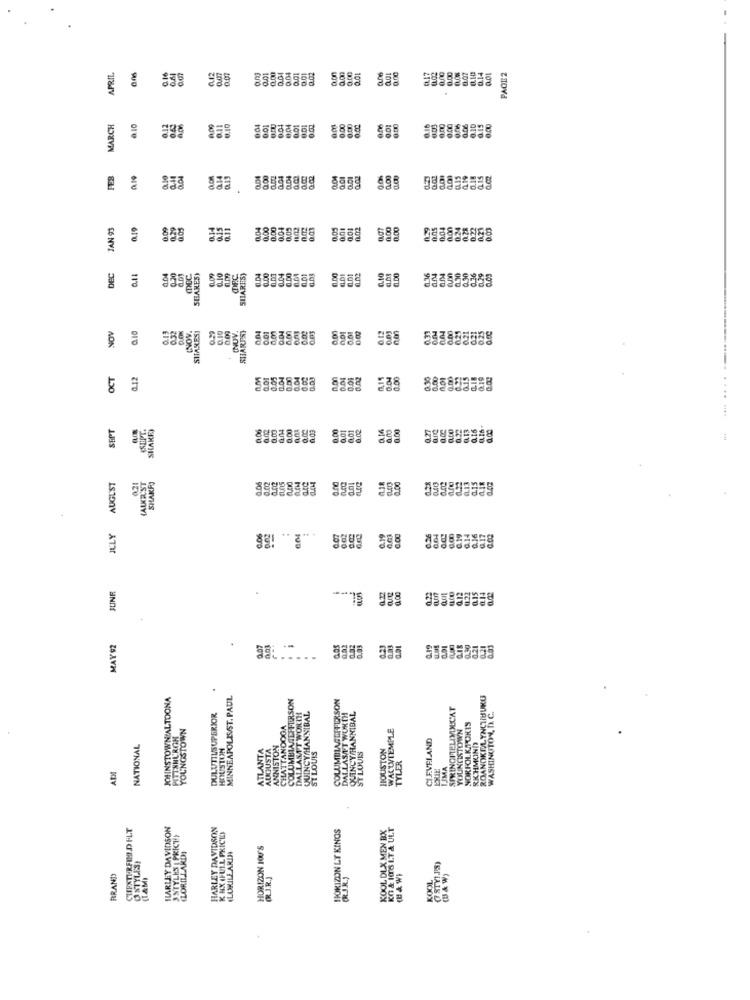
APRIL
007
0.01
0.00
0.02
0.00
0.01
0.07
0.14
001
PAGE2
MARCH
8.10
0.10
0.01
0.04
0.01
0.01
0.02
0.00
0.00
0,00
6.00
PER
0.04
Q.14
0.04
2.02
0.00
2.19
0.02
JAN 93
0,19
0.29
als
004
0.00
0.04
0.05
0.03
0.05
0.00
0.24
0.28
0.22
0.21
DEC
0.30
SHANES)
0.10
0.09
SHARES,
0.04
10.03
0.01
6.10
0.30
0.36
0.12
NOV
0.13
0.32
SITAKES
0.10
0.09
(NOV.
SHARPSY
0.01
0.01
OCT
0.12
0.05
0.04
0.00
0.04
8
0.09
2223
0.00
2666
SEPT
SHAKES
0.00
0 02
16
0.00
0,01
1.00
IALKRUST
AUGUST
0.21
SHAKES
89983393
LLY
598
JUNE
0.22
MAY 92
2.07
JOMINSTOWN'ALTOONA
MINNEAPOLISST. PAUL
COLUMBIAJEFFERSON
SIXINCITELIVDUCAT
ROANOKELYNCTIBUK
DULUTILSUPERIOR
DALLASAT WORTH
QUINCY HANNIBAL
DALLASAT WORTH
QUINCY/HANNIBAL
WASHINGTON, D. C.
YOUNGSTOWN
CHATTANOOGA
WACWIEMPLE
YOUNGSTOWN
CLEVELAND
NATIONAL
HOUSTON
ATLANTA
AUGUSTA
ANNISTON
HOUSTON
RKHMOND
ST LOUIS
ST LOUIS
TYLER
EXIE
TJMA
CUFATURFIMLD FLT
HARLEY DAVIDSON
HARLEY DAVIDSON
HORIZON LT KINGS
KOOL DLX MEN BX
KO & 105 LT & ULT
3STYLKS PRICT)
K HX (FULL PRICE)
HORIZON IO'S
LORILLARD)
ALORILE ARIN
OSTYLES!
RRAND
(I.&M)
KOOL
(B & W)